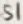
Text: S1